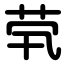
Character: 茕